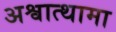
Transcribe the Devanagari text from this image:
अश्वात्थामा